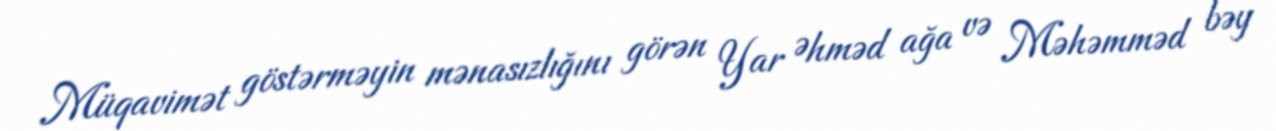
Müqavimət göstərməyin mənasızlığını görən Yar Əhməd ağa və Məhəmməd bəy